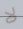
لا